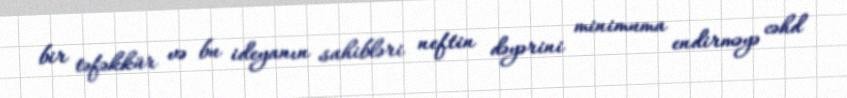
bir təfəkkür və bu ideyanın sahibləri neftin dəyərini minimuma endirməyə cəhd